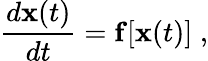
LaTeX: \frac{d{\mathbf x}(t)}{dt}={\mathbf f}[{\mathbf x}(t)]\; ,